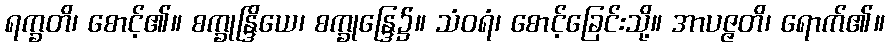
ရက္ခတိ၊ စောင့်၏။ စက္ခုန္ဒြိယေ၊ စက္ခုန္ဒြေ၌။ သံဝရံ၊ စောင့်ခြေင်းသို့။ အာပဇ္ဇတိ၊ ရောက်၏။